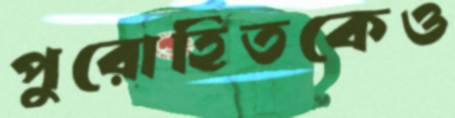
পুরোহিতকেও